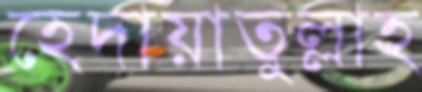
হেদায়াতুল্লাহ